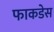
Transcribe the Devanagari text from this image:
फाकडेस